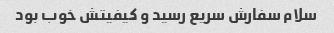
سلام سفارش سریع رسید و کیفیتش خوب بود